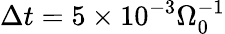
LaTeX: \Delta t=5\times 10^{-3}\Omega_{0}^{-1}